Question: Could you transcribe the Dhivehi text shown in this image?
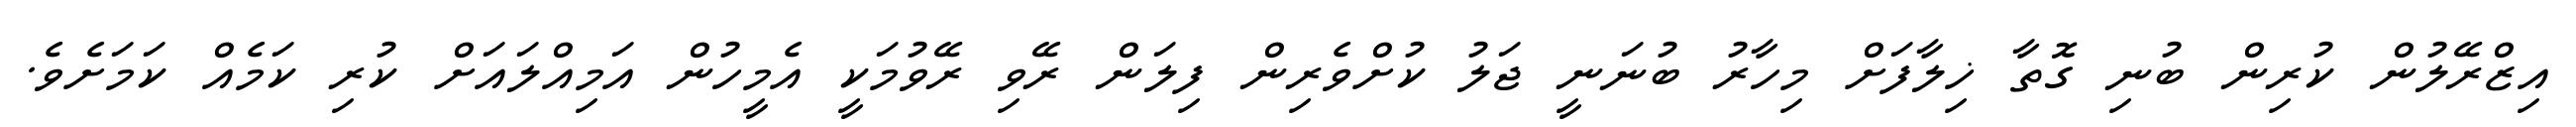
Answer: އިޒްރޭލުން ކުރިން ބުނި ގޮތާ ޚިލާފަށް މިހާރު ބުނަނީ ޖަލު ކުށްވެރިން ފިލަން ރޭވި ރޭވުމަކީ އެމީހުން އަމިއްލައަށް ކުރި ކަމެއް ކަމަށެވެ.